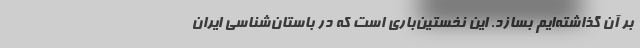
بر آن گذاشته‌ایم بسازد. این نخستین‌باری است که در باستان‌شناسی ایران